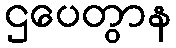
ဌပေတွာန